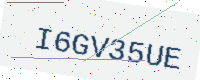
Text: I6GV35UE